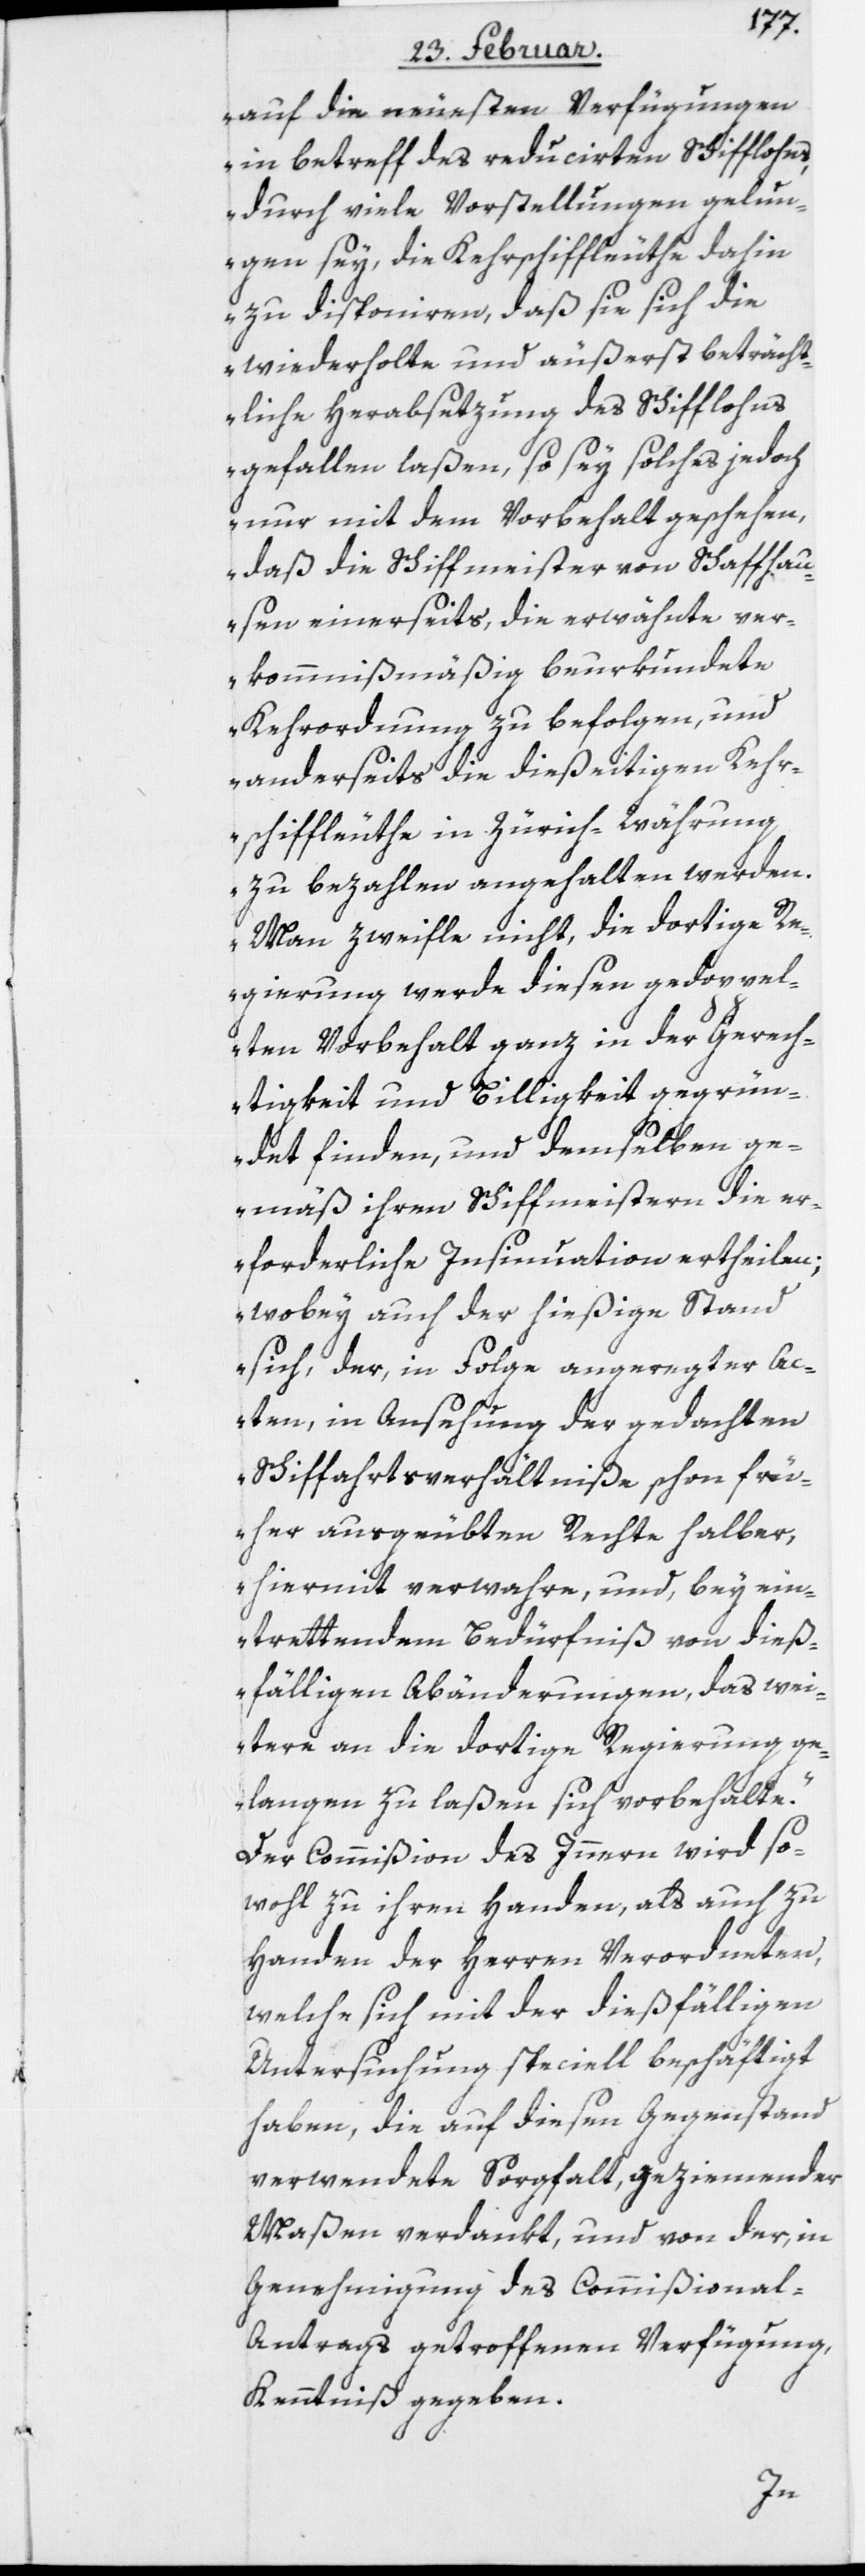
auf die neuesten Verfügungen
in betreff des reducirten Schifflohns,
durch viele Vorstellungen gelun¬
gen sey, die Kehrschiffleuthe dahin
zu disponiren, daß sie sich die
wiederholte und äußerst beträcht¬
liche Herabsetzung des Schifflohns
gefallen laßen, so sey solches jedoch
nur mit dem Vorbehalt geschehen,
daß die Schiffmeister von Schaffhau¬
sen einerseits, die erwähnte ver¬
kommnismäßig beurkundete
Kehrordnung zu befolgen, und
anderseits die dießeitigen Kehr¬
schiffleuthe in Zürich-Währung
zu bezahlen angehalten werden.
Man zweifle nicht, die dortige Re¬
gierung werde diesen gedoppel¬
ten Vorbehalt ganz in der Gerech¬
tigkeit und Billigkeit gegrün¬
det finden, und demselben ge¬
mäß ihren Schiffmeistern die er¬
forderliche Insinuation ertheilen;
wobey auch der hießige Stand
sich, der, in Folge angeregter Ac¬
ten, in Ansehung der gedachten
Schiffahrtsverhältniße schon frü¬
her ausgeübten Rechte halber,
hiermit verwahre, und, bey ein¬
trettendem Bedürfniß von dieß¬
fälligen Abänderungen, das wei¬
tere an die dortige Regierung ge¬
langen zu laßen sich vorbehalte.“
Der Commißion des Innern wird so¬
wohl zu ihren Handen, als auch zu
Handen der Herren Verordneten,
welche sich mit der dießfälligen
Untersuchung speciell beschäftigt
haben, die auf diesen Gegenstand
verwendete Sorgfalt, geziemender
Maßen verdankt, und von der, in
Genehmigung des Commißional-A¬
ntrags getroffenen Verfügung,
Kenntniß gegeben.